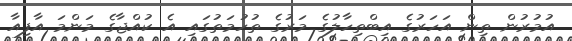
އުމުރުން ތިން އަހަރުގެ އިބްތިހާލުގެ މަރުގެ ތުހުމަތުގައި އެ ކުއްޖާގެ މަންމަ އާފިއާ